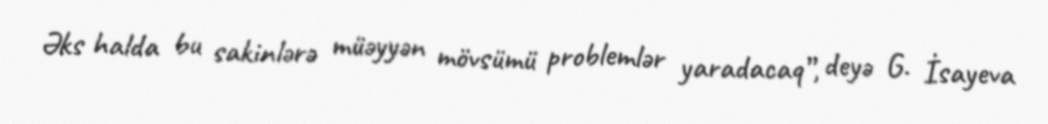
Əks halda bu sakinlərə müəyyən mövsümü problemlər yaradacaq”, deyə G. İsayeva